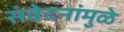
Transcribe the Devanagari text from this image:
संवेदनांमुळे